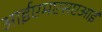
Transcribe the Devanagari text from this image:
आईएमएसएआई